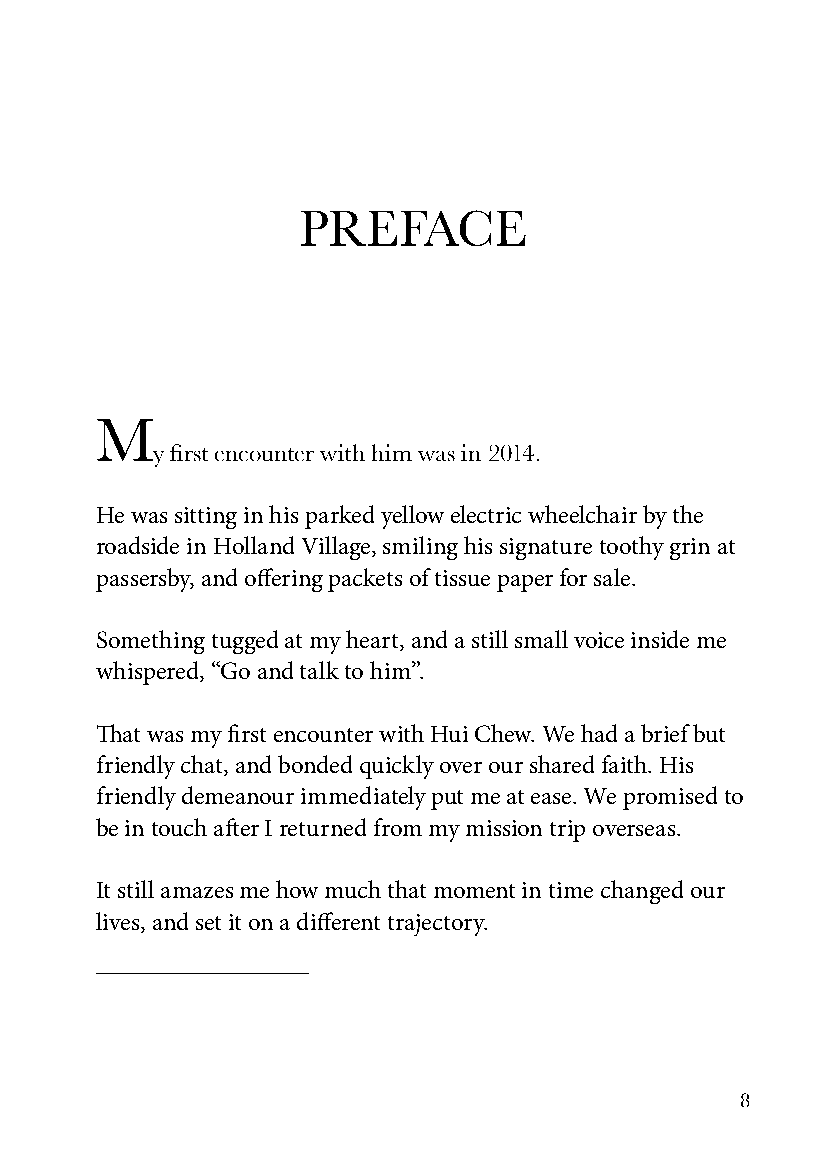
PREFACE
 M
 y first encounter with him was in 2014.
 He was sitting in his parked yellow electric wheelchair by the
 roadside in Holland Village, smiling his signature toothy grin at
 passersby, and offering packets of tissue paper for sale.
 Something tugged at my heart, and a still small voice inside me
 whispered, “Go and talk to him”.
 That was my first encounter with Hui Chew. We had a brief but
 friendly chat, and bonded quickly over our shared faith. His
 friendly demeanour immediately put me at ease. We promised to
 be in touch after I returned from my mission trip overseas.
 It still amazes me how much that moment in time changed our
 lives, and set it on a different trajectory.
 8